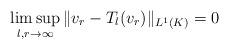
LaTeX: \begin{align*} \limsup\limits_{l,r\to\infty}\|v_r-T_l(v_r)\|_{L^1(K)}= 0\end{align*}